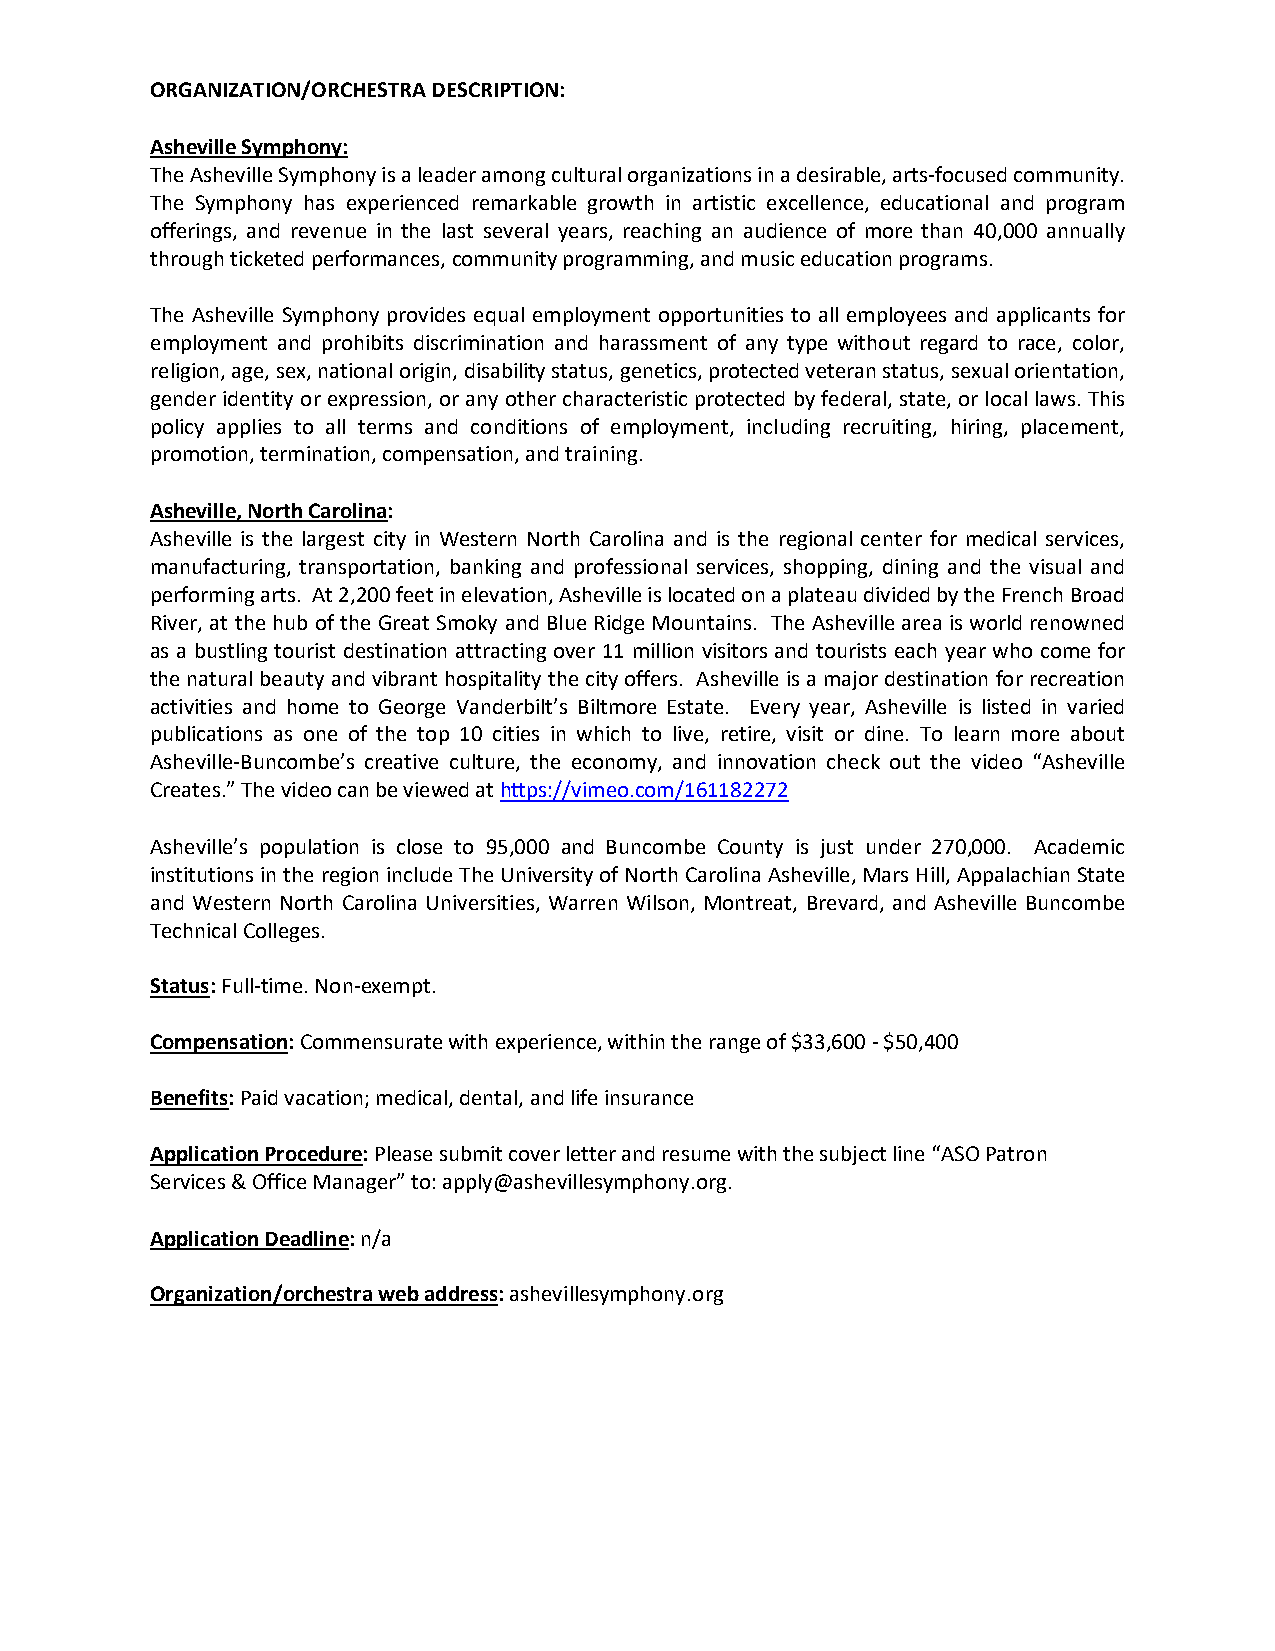
ORGANIZATION/ORCHESTRA DESCRIPTION:
 Asheville Symphony:
 The Asheville Symphony is a leader among cultural organizations in a desirable, arts-focused community.
 The Symphony has experienced remarkable growth in artistic excellence, educational and program
 offerings, and revenue in the last several years, reaching an audience of more than 40,000 annually
 through ticketed performances, community programming, and music education programs.
 The Asheville Symphony provides equal employment opportunities to all employees and applicants for
 employment and prohibits discrimination and harassment of any type without regard to race, color,
 religion, age, sex, national origin, disability status, genetics, protected veteran status, sexual orientation,
 gender identity or expression, or any other characteristic protected by federal, state, or local laws. This
 policy applies to all terms and conditions of employment, including recruiting, hiring, placement,
 promotion, termination, compensation, and training.
 Asheville, North Carolina:
 Asheville is the largest city in Western North Carolina and is the regional center for medical services,
 manufacturing, transportation, banking and professional services, shopping, dining and the visual and
 performing arts. At 2,200 feet in elevation, Asheville is located on a plateau divided by the French Broad
 River, at the hub of the Great Smoky and Blue Ridge Mountains. The Asheville area is world renowned
 as a bustling tourist destination attracting over 11 million visitors and tourists each year who come for
 the natural beauty and vibrant hospitality the city offers. Asheville is a major destination for recreation
 activities and home to George Vanderbilt’s Biltmore Estate. Every year, Asheville is listed in varied
 publications as one of the top 10 cities in which to live, retire, visit or dine. To learn more about
 Asheville-Buncombe’s creative culture, the economy, and innovation check out the video “Asheville
 Creates.” The video can be viewed at https://vimeo.com/161182272
 Asheville’s population is close to 95,000 and Buncombe County is just under 270,000. Academic
 institutions in the region include The University of North Carolina Asheville, Mars Hill, Appalachian State
 and Western North Carolina Universities, Warren Wilson, Montreat, Brevard, and Asheville Buncombe
 Technical Colleges.
 Status: Full-time. Non-exempt.
 Compensation: Commensurate with experience, within the range of $33,600 - $50,400
 Benefits: Paid vacation; medical, dental, and life insurance
 Application Procedure: Please submit cover letter and resume with the subject line “ASO Patron
 Services & Office Manager” to: apply@ashevillesymphony.org.
 Application Deadline: n/a
 Organization/orchestra web address: ashevillesymphony.org